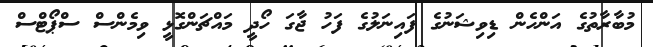
މުބާރާތުގެ އަންހެން ޑިވިޝަނުގެ ފައިނަލުގެ ފަހު ޖާގަ ހޯދީ މައްޗަންގޮޅީ ވިމެންސް ސްޕޯޓްސް